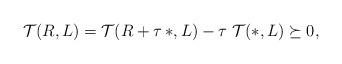
LaTeX: \begin{align*}\mathcal{T}(R,L)=\mathcal{T}(R+\tau\, *,L) -\tau \;\mathcal{T}(*,L)\succeq0,\end{align*}